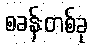
စခန်းတစ်ခု